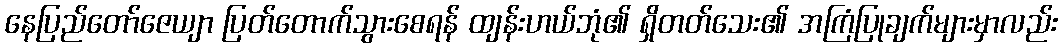
နေပြည်တော်ဇေယျာ ပြတ်တောက်သွားစေရန် ထျန်းဟယ်ဘုံ၏ ရှိတတ်သေး၏ အကြံပြုချက်များမှာလည်း